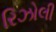
રિઝોલી